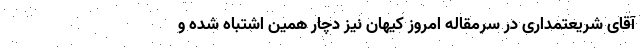
آقای شریعتمداری در سرمقاله امروز کیهان نیز دچار همین اشتباه شده و